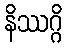
နိဿဂ္ဂိ